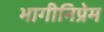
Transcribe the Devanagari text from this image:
भागीनिप्रेम